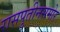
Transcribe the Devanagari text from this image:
रासपुतीनसमोर